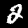
Label: 2